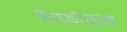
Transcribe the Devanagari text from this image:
रैनडोल्फ